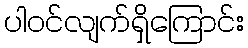
ပါဝင်လျက်ရှိကြောင်း